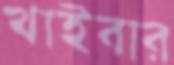
খাইবার